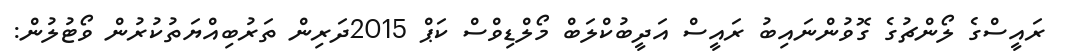
ރައީސްގެ ލޯންޗުގެ ގޮވުންނައިބު ރައީސް އަދީބުކްލަބް މޯލްޑިވްސް ކަޕް 2015ދަރިން ތަރުބިއްޔަތުކުރުން ވޯޓުލުން: